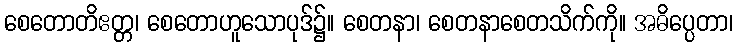
စေတောတိဧတ္တ၊ စေတောဟူသောပုဒ်၌။ စေတနာ၊ စေတနာစေတသိက်ကို။ အဓိပ္ပေတာ၊